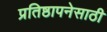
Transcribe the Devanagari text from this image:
प्रतिष्ठापनेसाठी